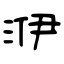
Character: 洢